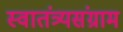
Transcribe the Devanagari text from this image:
स्वातंत्र्यसंग्राम